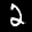
Label: 2